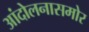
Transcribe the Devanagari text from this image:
आंदोलनासमोर